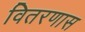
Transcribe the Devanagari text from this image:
वितरणास